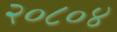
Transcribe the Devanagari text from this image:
२०८०४